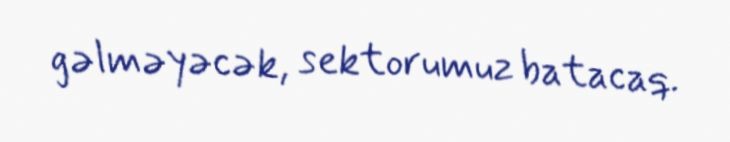
gəlməyəcək, sektorumuz batacaq.